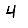
Digit: 4